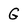
Character: G